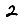
Digit: 2